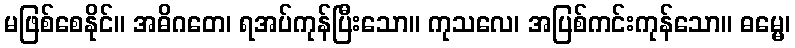
မဖြစ်စေနိုင်။ အဓိဂတေ၊ ရအပ်ကုန်ပြီးသော။ ကုသလေ၊ အပြစ်ကင်းကုန်သော။ ဓမ္မေ၊